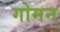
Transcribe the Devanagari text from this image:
गोमन